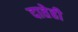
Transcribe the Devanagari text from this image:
दातेही